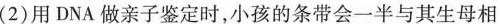
(2)用DNA做亲子鉴定时，小孩的条带会一半与其生母相